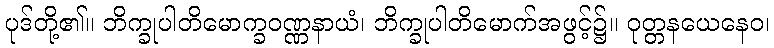
ပုဒ်တို့၏။ ဘိက္ခုပါတိမောက္ခဝဏ္ဏနာယံ၊ ဘိက္ခုပါတိမောက်အဖွင့်၌။ ဝုတ္တနယေနေဝ၊